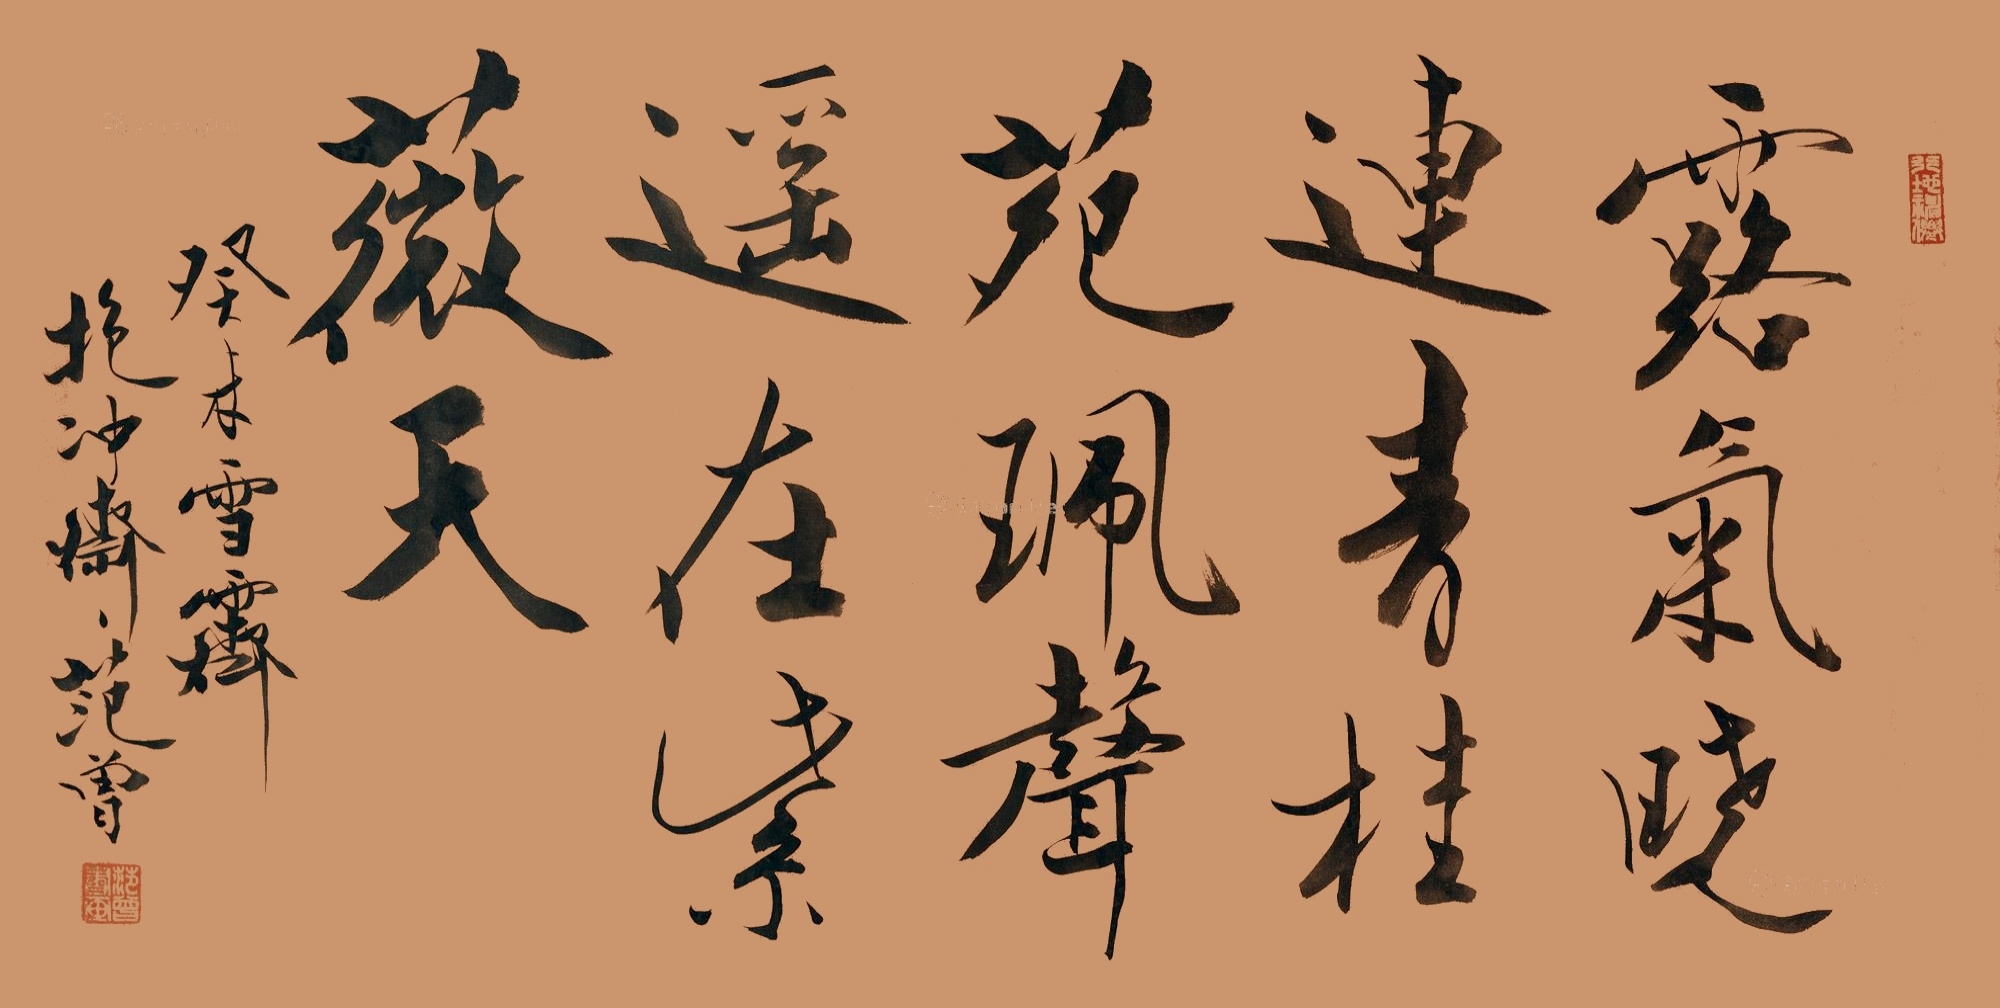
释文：露气晓连青桂苑，珮声遥在紫薇天。癸未雪霁，抱冲斋主范曾。